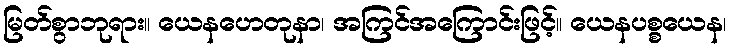
မြတ်စွာဘုရား။ ယေနဟေတုနာ၊ အကြင်အကြောင်းဖြင့်။ ယေနပစ္စယေန၊